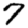
Digit: 7